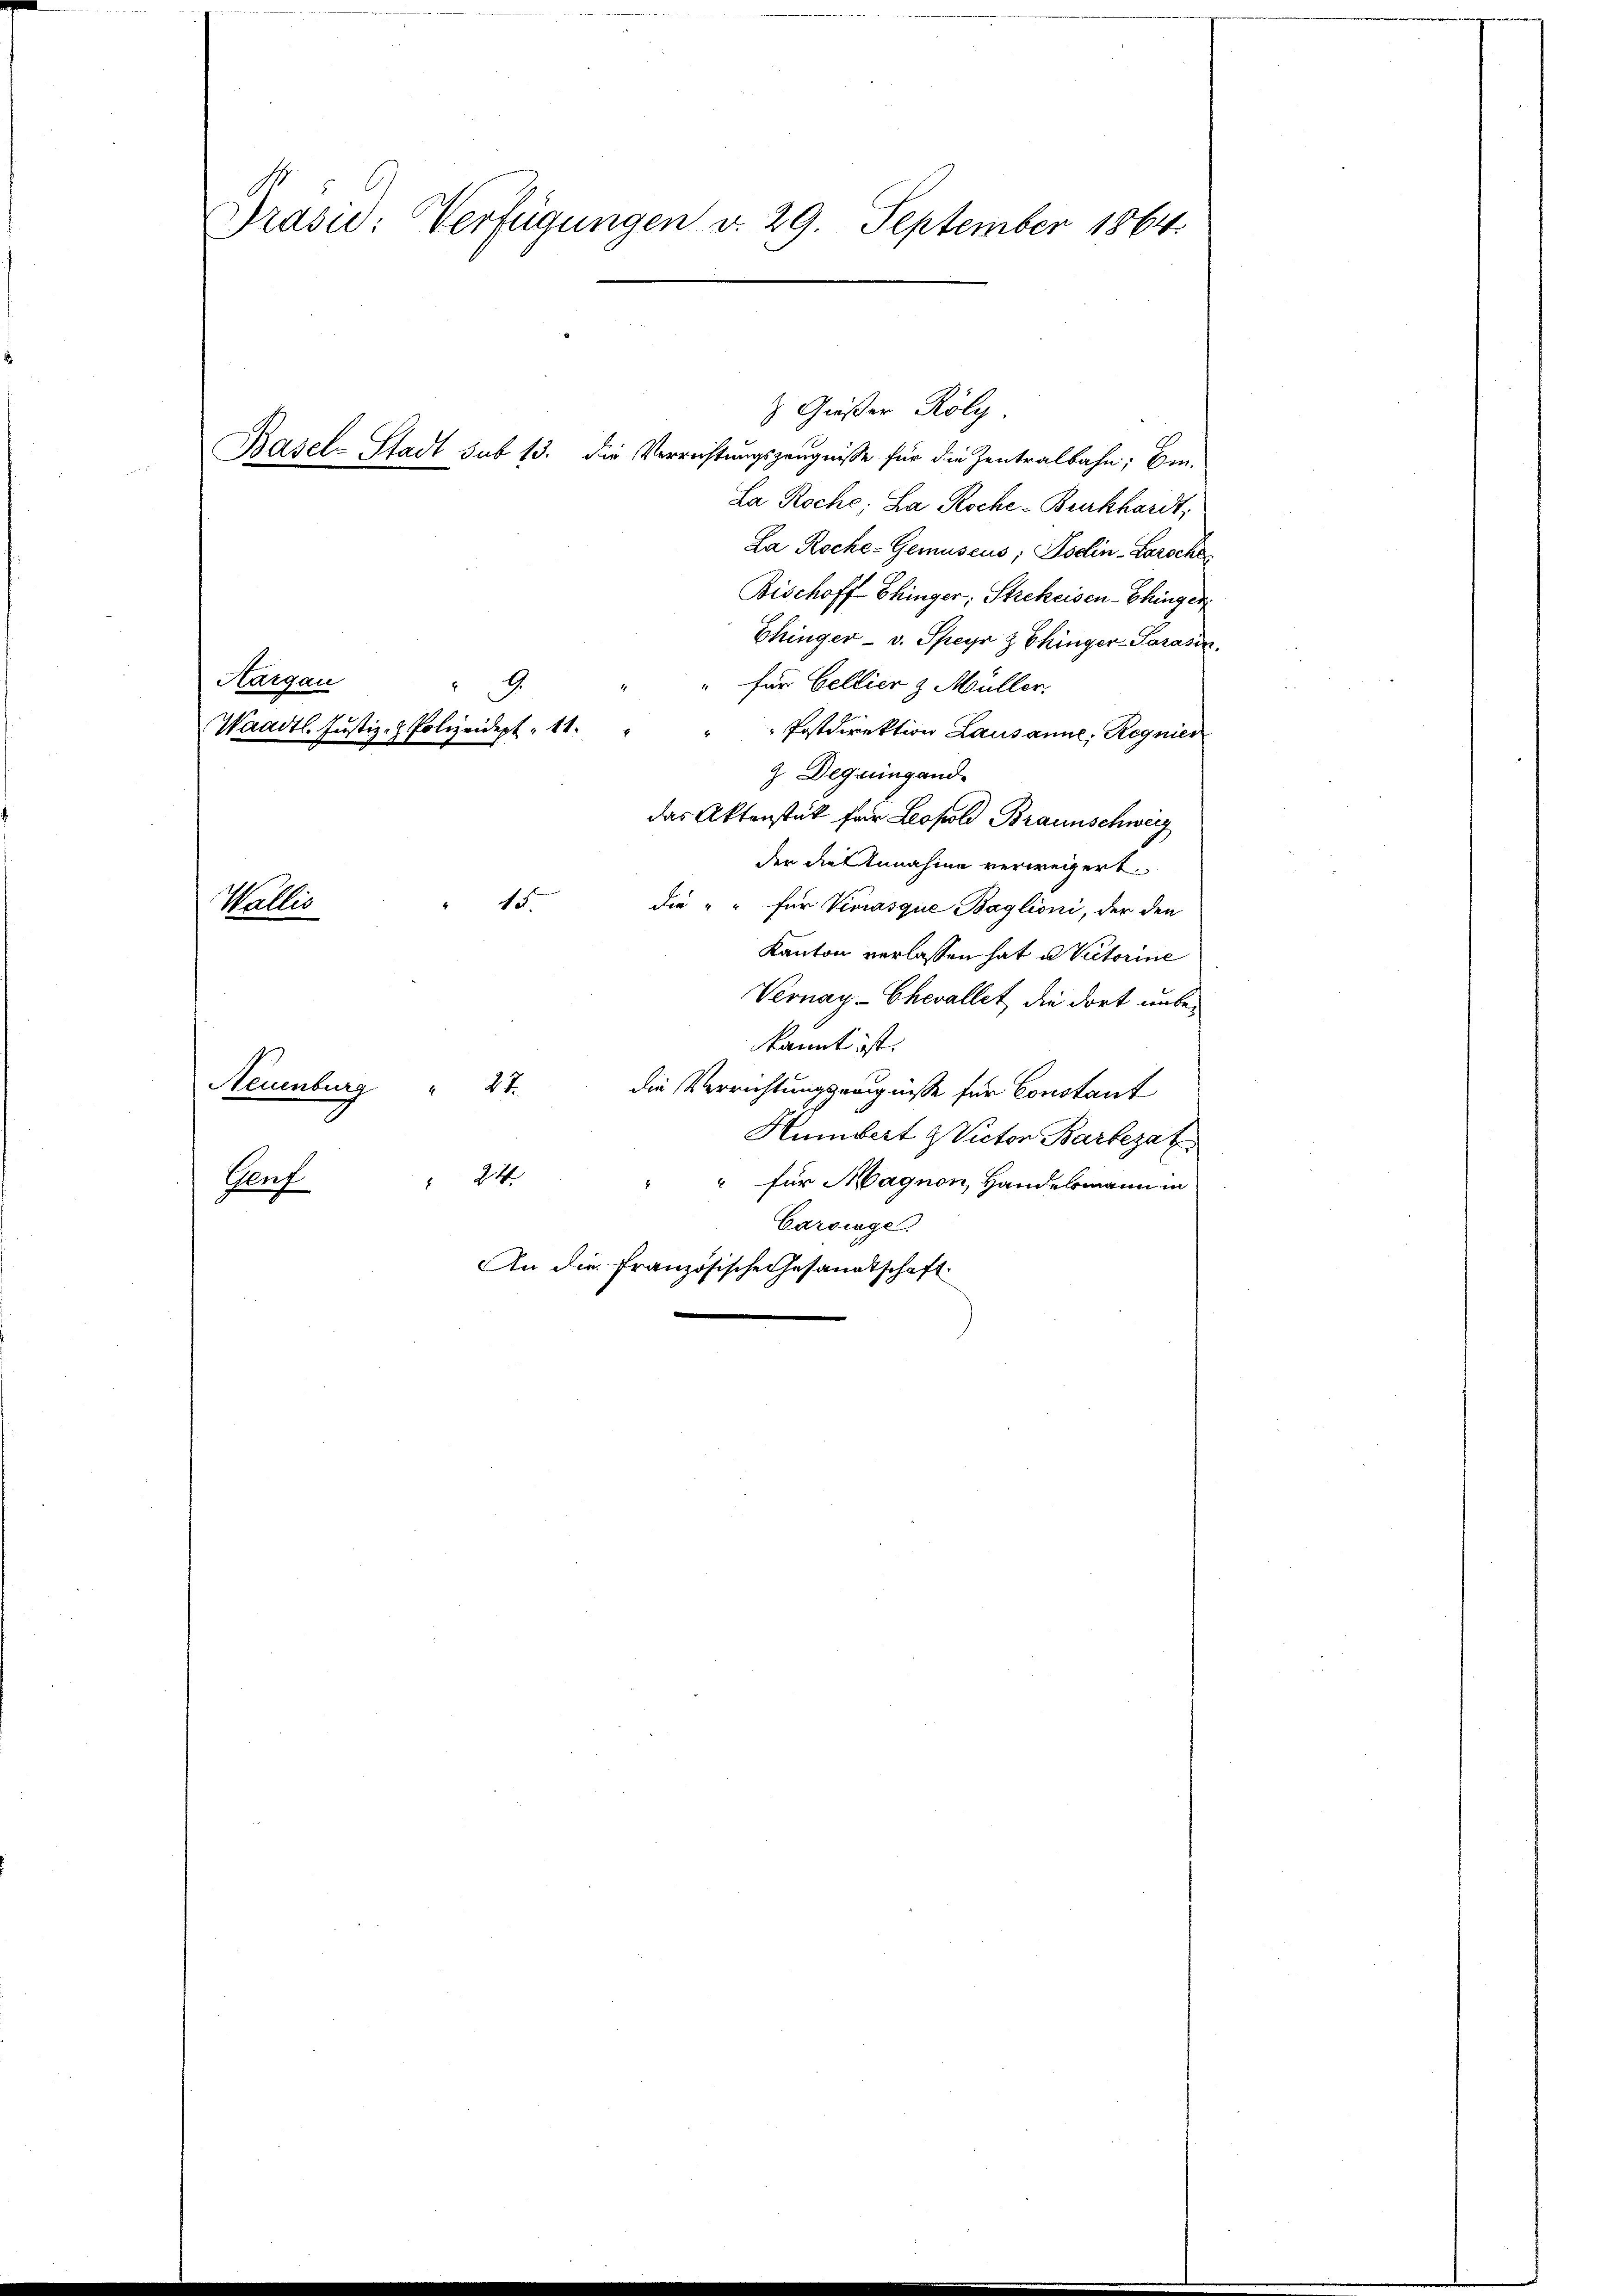
Präsid: Verfügungen d. 29. September 1864.

Größer Köly.
Basel-Stadt sub 13. die Verrichtungszeugnisse für die Zentralbahn; Ein-
La Roche; La Roche-Burkhardt,
La Roche-Gemuseus, Psclin-Barsche
Bischoff hinger, Strekeisen-Ehinger
Ehinger v. Speyr & Chinger Parasen.
Hargau
für Bellier & Müller.
Postdirektion Lausanne, Regnier
Z Deguingand
das Aktenstück für Leopold Braunschweiz
der die Annahme verweigert.
" 15.
Wallis
die "" für Vimasquie Baglioni, der den
Kanton verlassen hat u. Victorine
Vernay-Chevallet, die dort unbekannt ist.
Neuenburg
27
die Verrichtungszeugnisse für Constant
Humbert & Victor Bartezat
244.
" für Magnon, Handelsmann in
.
Ruf
Carsinge.
An die Französische Gesandtschaft

G
Waadt. Justiz- & Polizeidept. 11.